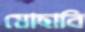
মোছাবি